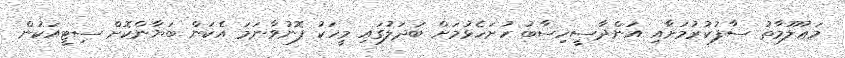
މަޢުލޫމާތު ސާފުކުރުމަށާއި އަންދާސީހިސާބު ހުށަހެޅުމަށް ބަދަލުގައި މީހަކު ފޮނުވާނަމަ އެކަން ބަޔާންކޮށް ސިޓީއަކުން